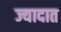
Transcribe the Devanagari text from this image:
ज्यादात